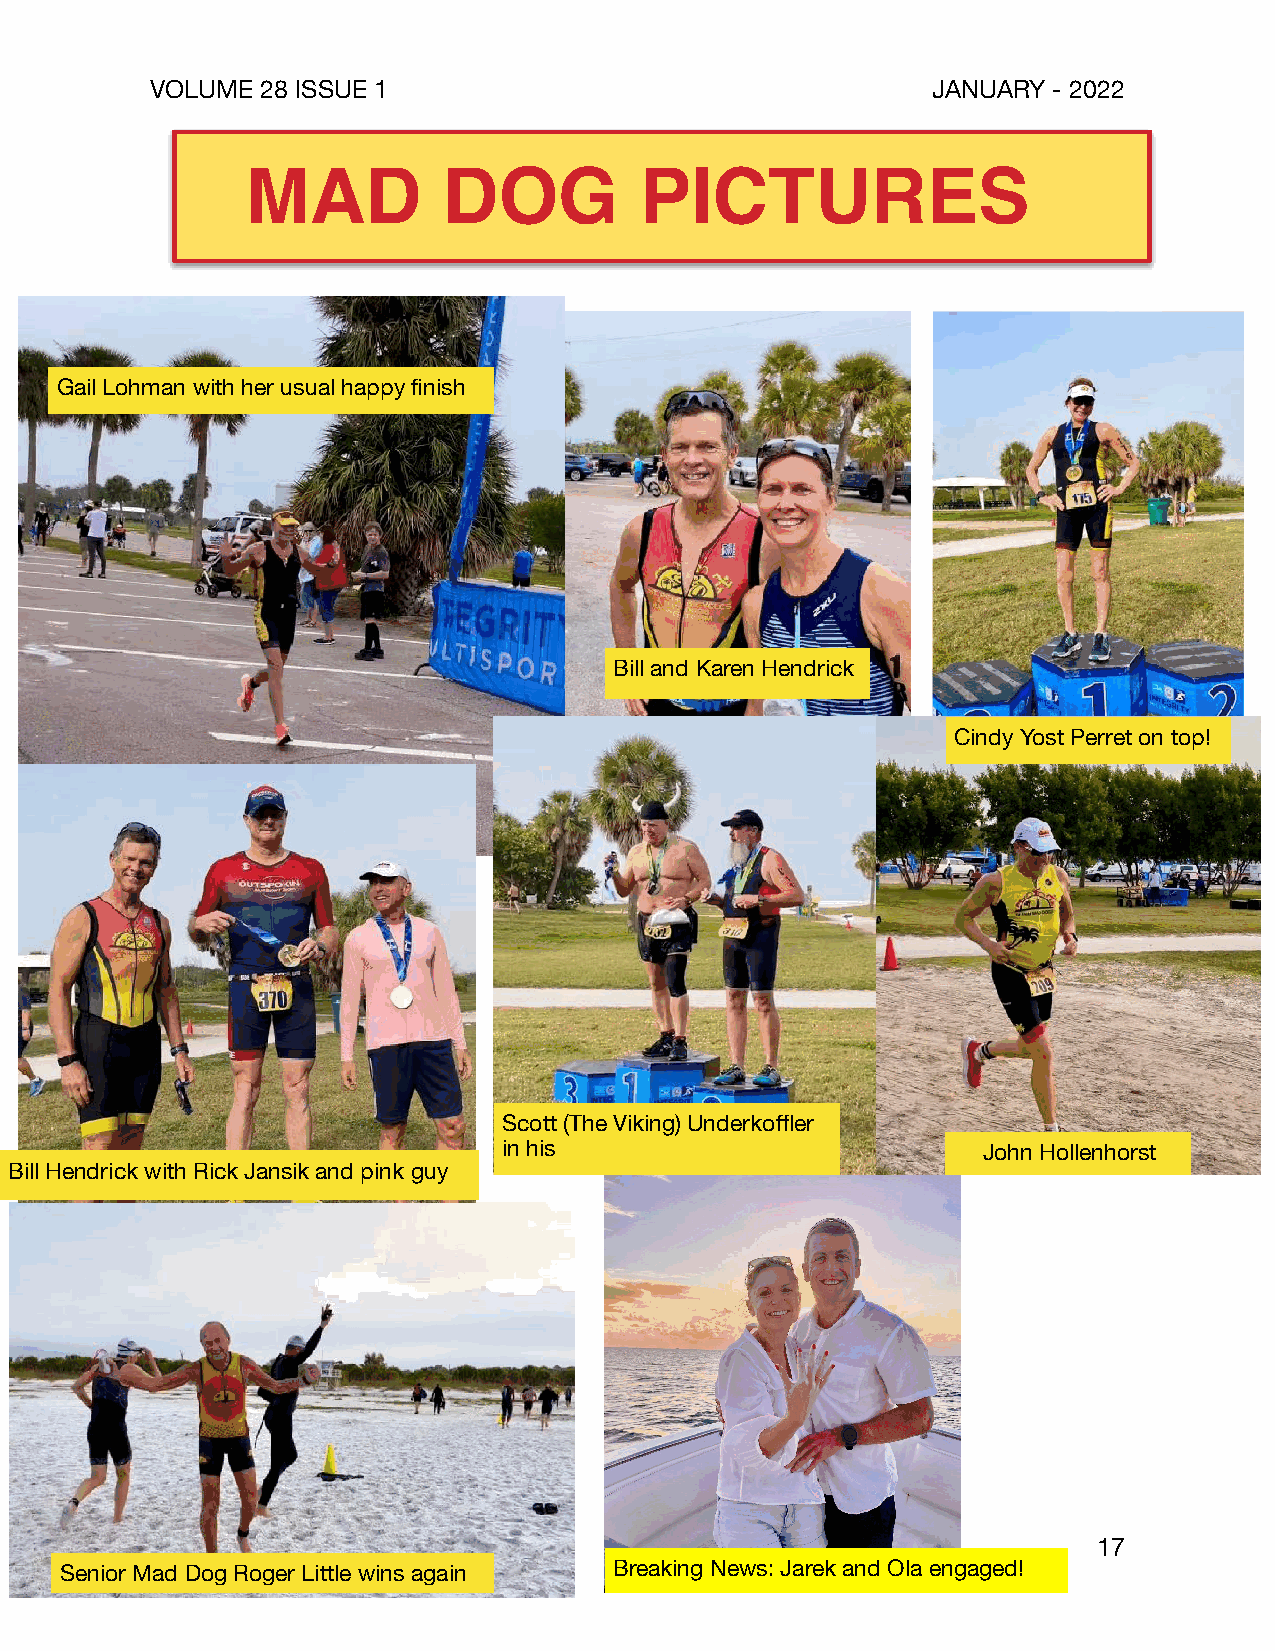
VOLUME 28 ISSUE 1                                   JANUARY - 2022
 MAD          DOG          PICTURES
 Gail Lohman with her usual happy finish
 Bill and Karen Hendrick
 Cindy Yost Perret on top!
 Scott (The Viking) Underkoffler
 in his                          John Hollenhorst
 Bill Hendrick with Rick Jansik and pink guy
 17
 Senior Mad Dog Roger Little wins again Breaking News: Jarek and Ola engaged!